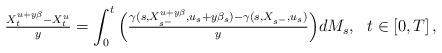
LaTeX: \begin{align*}\tfrac{X^{u+y\beta}_t-X^{u}_t}{y}=\int_{0}^{t}\Big(\tfrac{\gamma(s,X_{s{^-}}^{u+y\beta},u_s+y\beta_s)-\gamma(s,X_{s{^-}},u_s)}{y}\Big)dM_s, \ \ t\in\left[ 0,T\right],\end{align*}